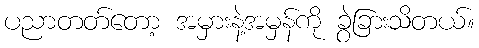
ပညာတတ်တော့ အမှားနဲ့အမှန်ကို ခွဲခြားသိတယ်။